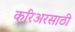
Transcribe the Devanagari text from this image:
करिअरसाठी